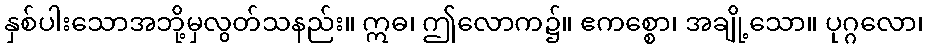
နှစ်ပါးသောအဘို့မှလွတ်သနည်း။ ဣဓ၊ ဤလောက၌။ ဧကစ္စော၊ အချို့သော။ ပုဂ္ဂလော၊